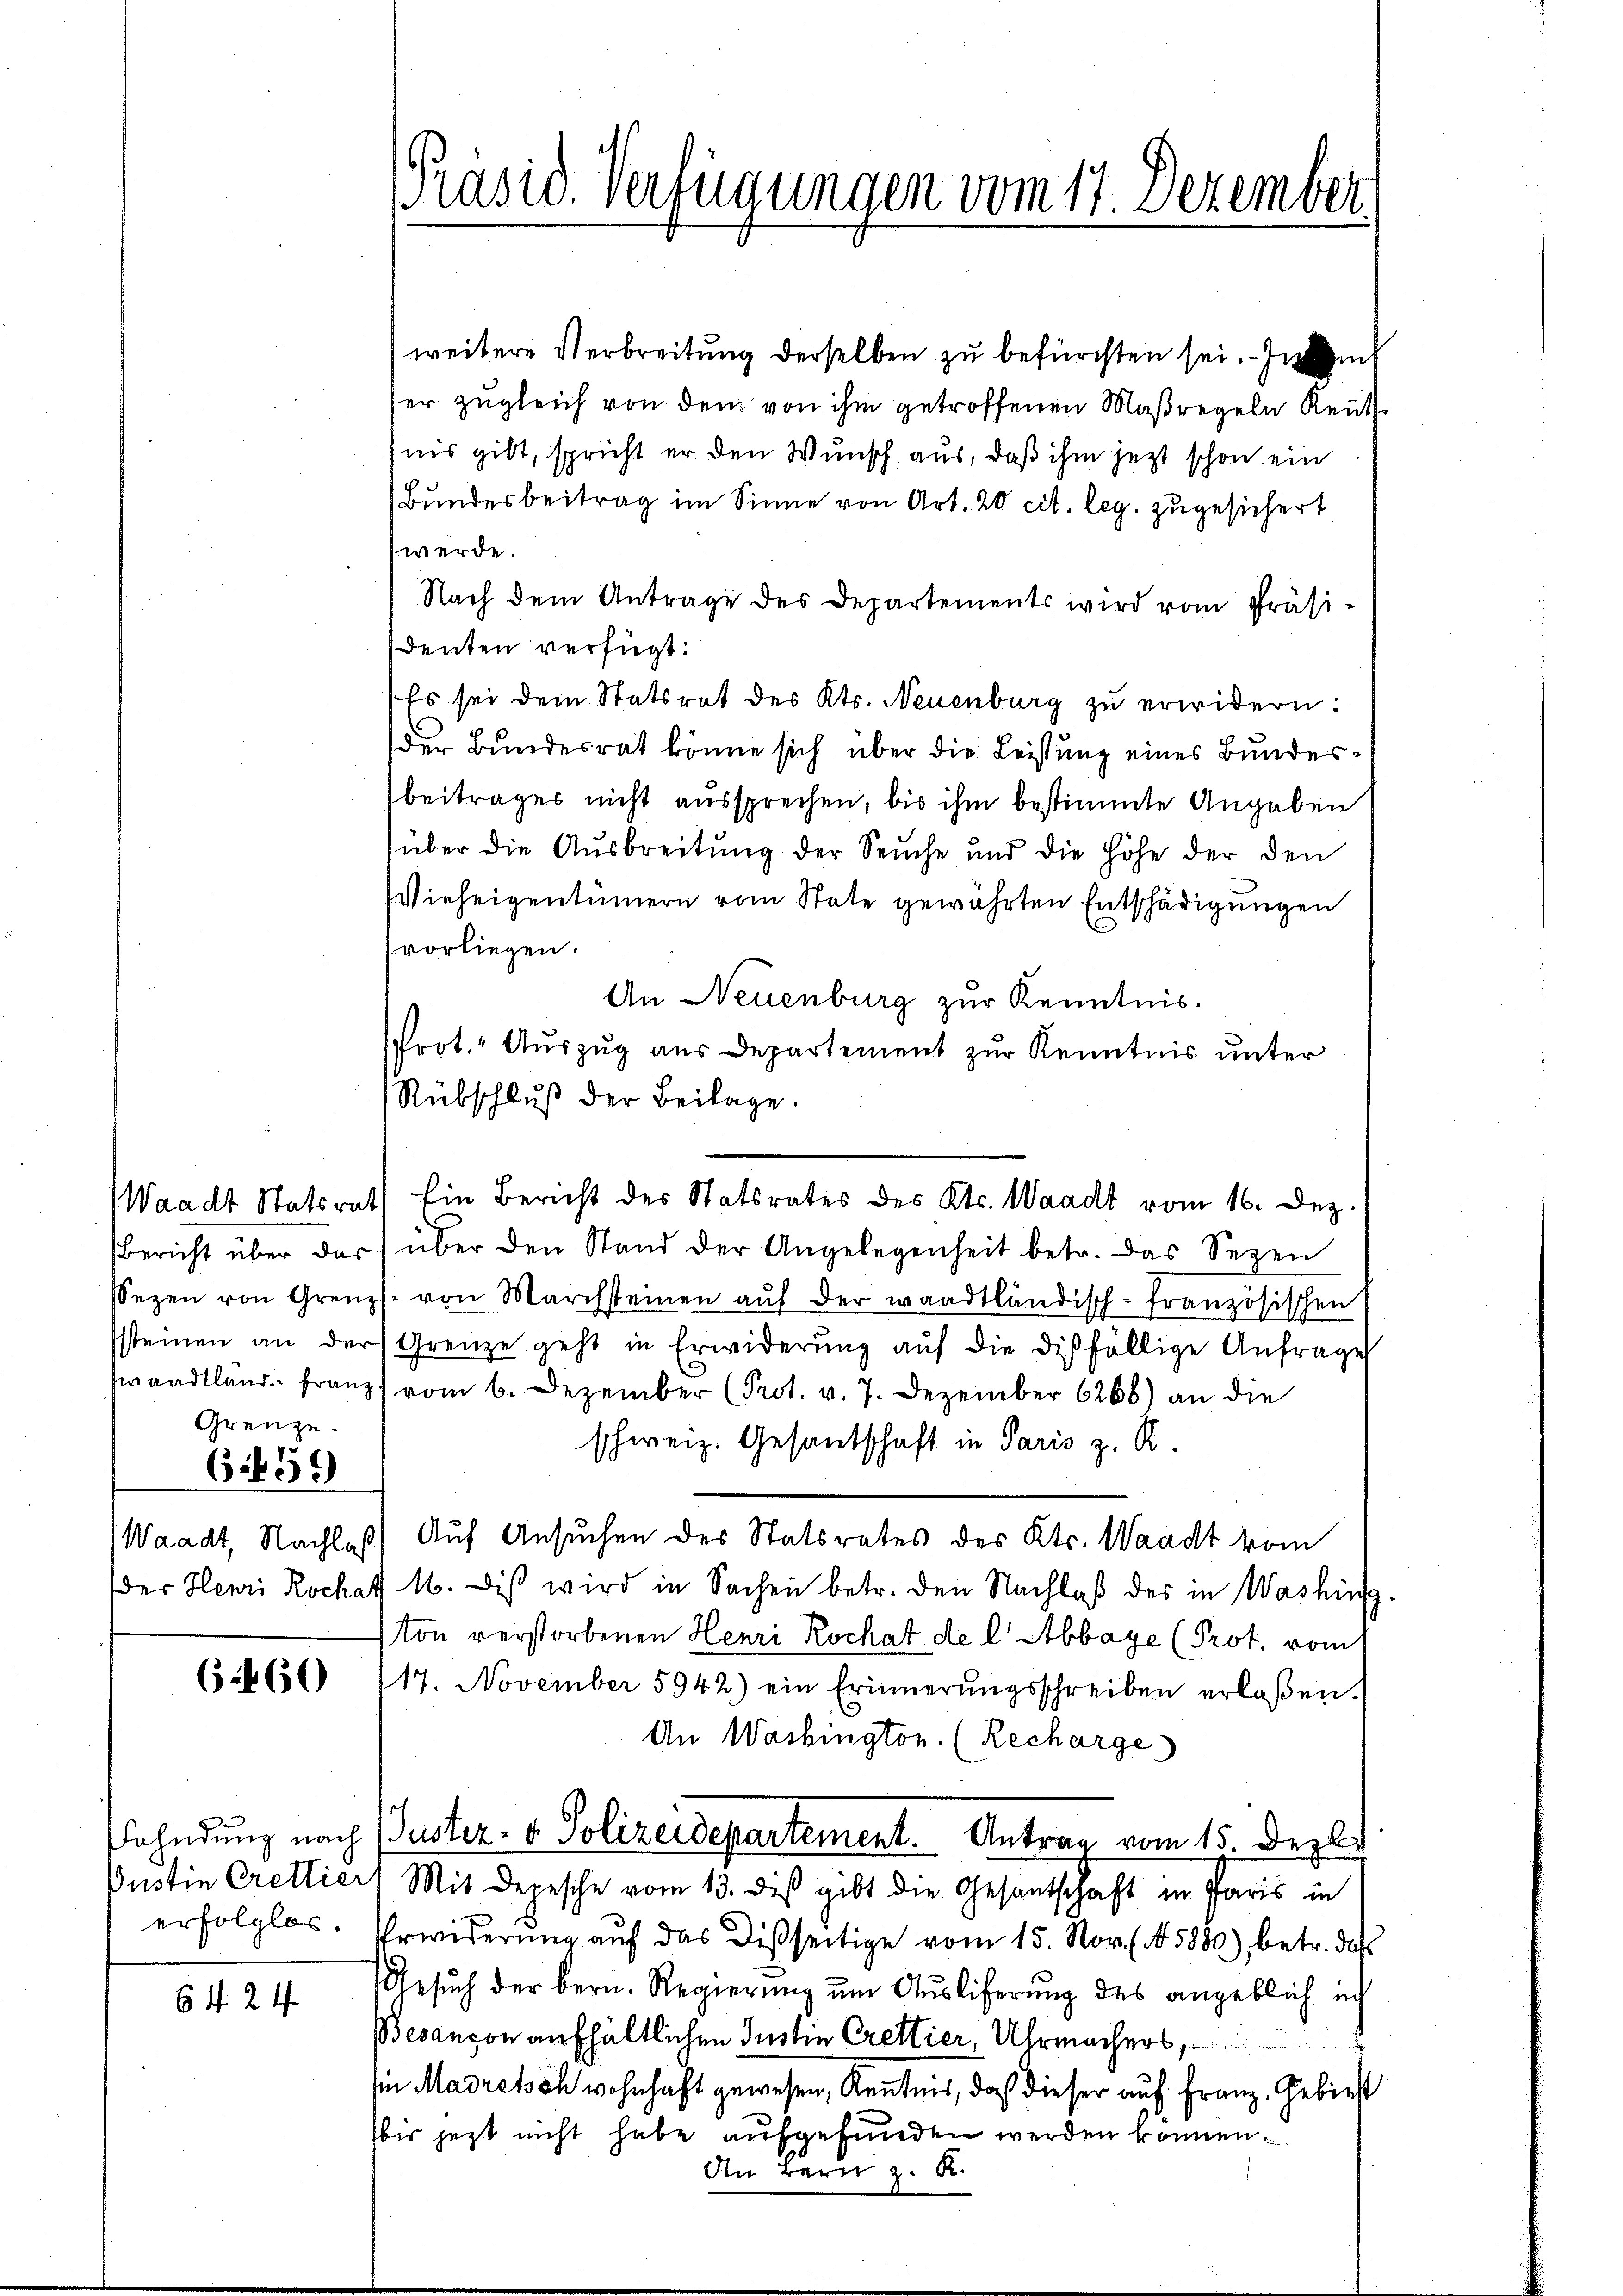
Grenze.

Waadt, Nachlaß

654. 550

6460

erfolglos.

6424

weitere Verbreitung derselben zu befürchten sei. In d
er zugleich von dem von ihm getroffenen Maßregeln Reut
nis gibt, spricht er den Wunsch aus, daß ihm jezt schon ein
Bundesbeitrag im Sinne von Art. 20. cit. leg. zugesichert
werde.
Nach dem Antrage des Departements wird vom Präsidenten verfügt:
Es sei dem Statsrat des Kts. Neuenburg zu erwidern:
der Bundesrat könne sich über die Leistung eines Bundesbeitrages nicht aussprechen, bis ihm bestimmte Angaben
über die Ausbreitung der Seuche und die Höhe der den
Wieheigentümern vom State gewährten Entschädigungen
vorliegen.
An Neuenburg zur Kenntnis.
Prot. Auszug aus Departement zur Kenntnis unter
Rübschluß der Beilage.
Bericht über das über den Stand der Angelegenheit betr. das Sezen
Sezen von Grenz von Marchsteinen aŭf der waadtländisch-französischen
steinen an der Grenze geht in Erwiderŭng aŭf die diesfällige Anfrage
waadtländ Franz vom 6. Dezember (Prot. v. 7. Dezember 6268) an die
schweiz. Gesandschaft in Paris z. R.
Auf Ansuchen des Statsrates des Kts. Waadt vom
der Henri Rochaff M. diβ wird in Sachen betr. den Nachlaß des in Washing
ton verstorbenen Henri Rochat de l’Abbaye (Prot. vom
17. November 5942) ein Erinnerŭngsschreiben erlaßen.
An Washington. (Recharge
ahndung nach Justiz- & Polizeidepartement. Antrag vom 15. Dezbr
Justin Crettier Mit deresche vom 13. des gibt die Gesantschaft in Paris in
Erwiderung auf das Disseitige vom 15. Nov. 15880), betr. das
Gesuch der bern. Regierung um Auslieferung des angeblich ich
Besançon aufhältlichen Justin Crettier, Uhrmachers,
in Madretsch wohnhaft gewesen, Kenntnis, daß dieser auf Franz. Gebiet
bis jezt nicht habe aufgefunden werden können.
In Bern z. R.

[Präsid. Verfügungen vom 17. Dezember

Waadt Statsrat Ein Bericht des Statsrates des Kts. Waadt vom 16. Dez.